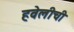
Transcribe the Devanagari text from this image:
हवेलीची